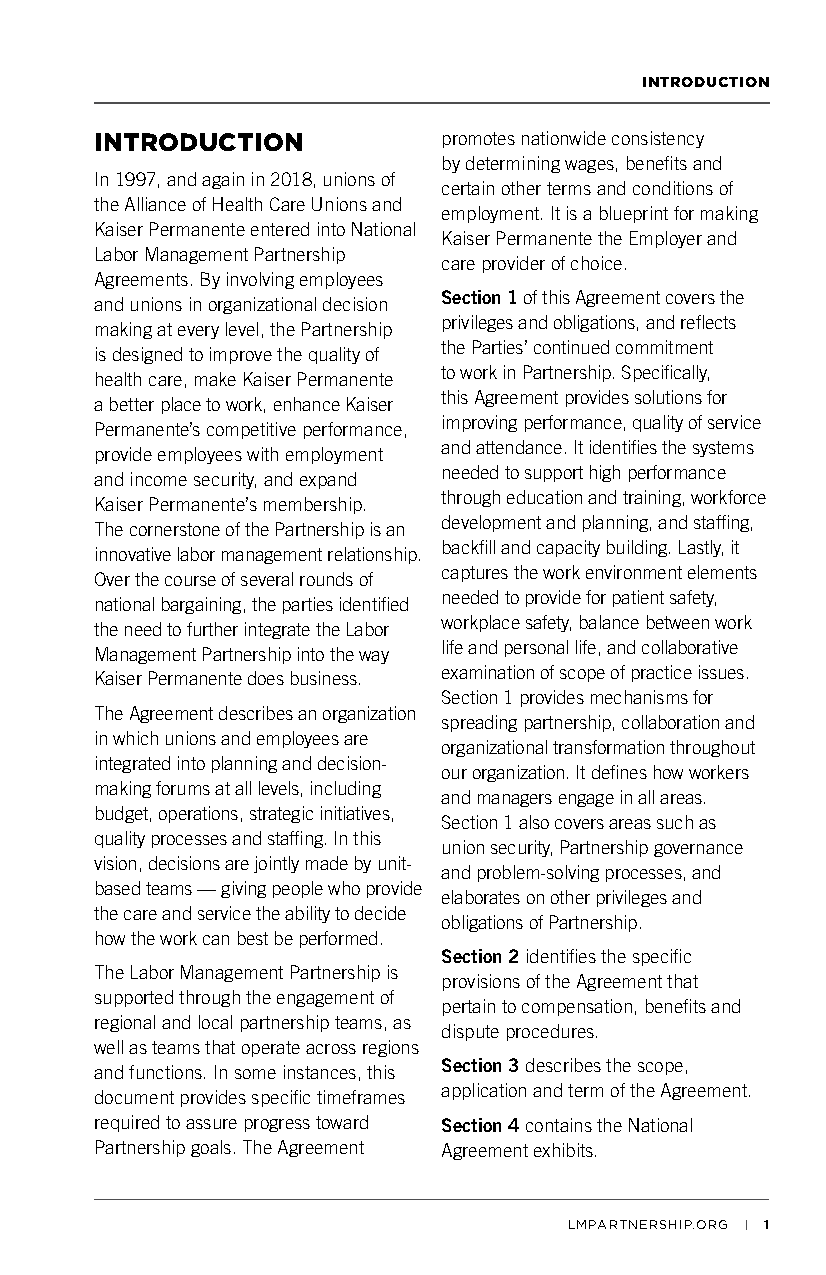
INTRODUCTION
 INTRODUCTION           promotes nationwide consistency
 by determining wages, benefits and
 In 1997, and again in 2018, unions of
 certain other terms and conditions of
 the Alliance of Health Care Unions and
 employment. It is a blueprint for making
 Kaiser Permanente entered into National
 Kaiser Permanente the Employer and
 Labor Management Partnership
 care provider of choice.
 Agreements. By involving employees
 Section 1 of this Agreement covers the
 and unions in organizational decision
 privileges and obligations, and reflects
 making at every level, the Partnership
 the Parties’ continued commitment
 is designed to improve the quality of
 to work in Partnership. Specifically,
 health care, make Kaiser Permanente
 this Agreement provides solutions for
 a better place to work, enhance Kaiser
 improving performance, quality of service
 Permanente’s competitive performance,
 and attendance. It identifies the systems
 provide employees with employment
 needed to support high performance
 and income security, and expand
 through education and training, workforce
 Kaiser Permanente’s membership.
 development and planning, and staffing,
 The cornerstone of the Partnership is an
 backfill and capacity building. Lastly, it
 innovative labor management relationship.
 captures the work environment elements
 Over the course of several rounds of
 needed to provide for patient safety,
 national bargaining, the parties identified
 workplace safety, balance between work
 the need to further integrate the Labor
 life and personal life, and collaborative
 Management Partnership into the way
 examination of scope of practice issues.
 Kaiser Permanente does business.
 Section 1 provides mechanisms for
 The Agreement describes an organization
 spreading partnership, collaboration and
 in which unions and employees are
 organizational transformation throughout
 integrated into planning and decision-
 our organization. It defines how workers
 making forums at all levels, including
 and managers engage in all areas.
 budget, operations, strategic initiatives,
 Section 1 also covers areas such as
 quality processes and staffing. In this
 union security, Partnership governance
 vision, decisions are jointly made by unit-
 and problem-solving processes, and
 based teams — giving people who provide
 elaborates on other privileges and
 the care and service the ability to decide
 obligations of Partnership.
 how the work can best be performed.
 Section 2 identifies the specific
 The Labor Management Partnership is
 provisions of the Agreement that
 supported through the engagement of
 pertain to compensation, benefits and
 regional and local partnership teams, as
 dispute procedures.
 well as teams that operate across regions
 Section 3 describes the scope,
 and functions. In some instances, this
 application and term of the Agreement.
 document provides specific timeframes
 required to assure progress toward Section 4 contains the National
 Partnership goals. The Agreement Agreement exhibits.
 LMPARTNERSHIP.ORG | 1